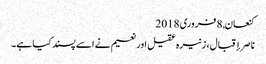
کنعان, ‏8 فروری 2018
ناصر إقبال، زنیرہ عقیل اور نعیم نے اسے پسند کیا ہے۔